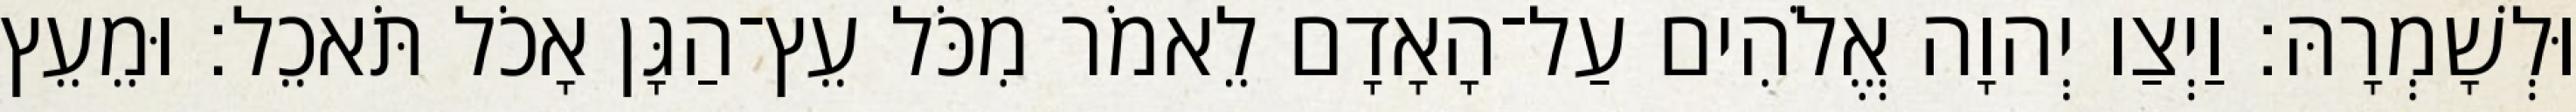
וּלְשָׁמְרָהּ׃ וַיְצַו יְהוָה אֱלֹהִים עַל־הָאָדָם לֵאמֹר מִכֹּל עֵץ־הַגָּן אָכֹל תֹּאכֵל׃ וּמֵעֵץ